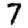
Digit: 7